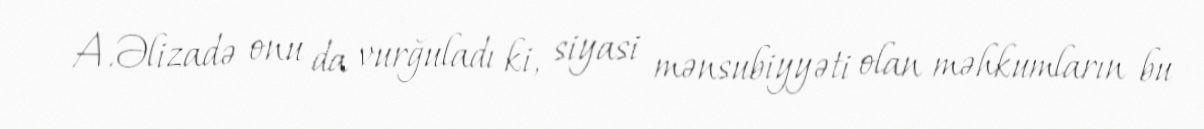
A.Əlizadə onu da vurğuladı ki, siyasi mənsubiyyəti olan məhkumların bu